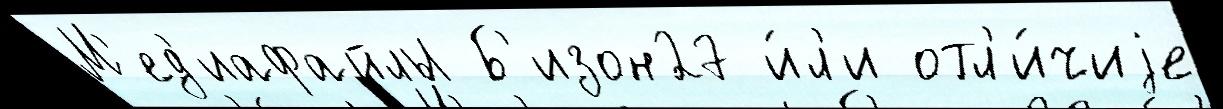
М'ед'иафайлы Б'изон27 и́л'и отл'и́чиjе